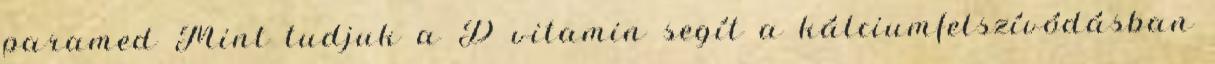
paramed Mint tudjuk a D vitamin segít a kálciumfelszívódásban